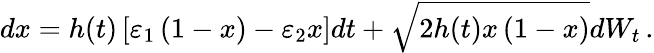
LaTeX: dx=h(t)\left[\varepsilon_{1}\left(1-x\right)-\varepsilon_{2}x\right]dt+\sqrt{2h(t)x\left(1-x\right)}dW_{t}\, .